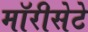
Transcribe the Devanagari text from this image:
मॉरीसेटे